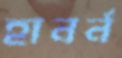
হানর্ন